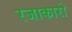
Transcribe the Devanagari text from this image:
रजाकारो